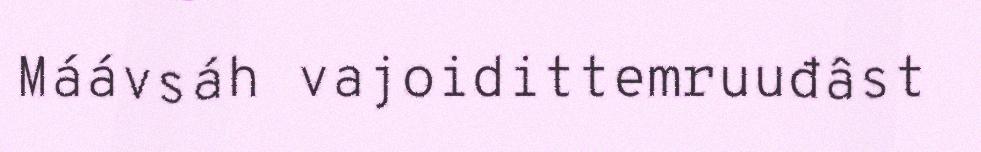
Máávsáh vajoidittemruuđâst